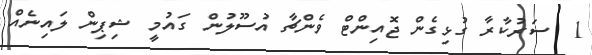
1  ސަރުކާރާ ގުޅިގެން ޖޮއިންޓް ވެންޗާ އުސޫލުން ގައުމީ ޝިޕިން ލައިނެއް